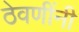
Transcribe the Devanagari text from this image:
ठेवणींनी